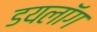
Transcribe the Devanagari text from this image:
डयलॉग